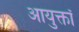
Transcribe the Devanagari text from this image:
आयुक्तॉ